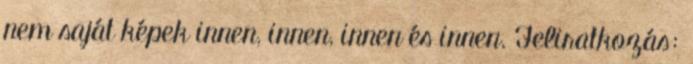
nem saját képek innen, innen, innen és innen. Feliratkozás: